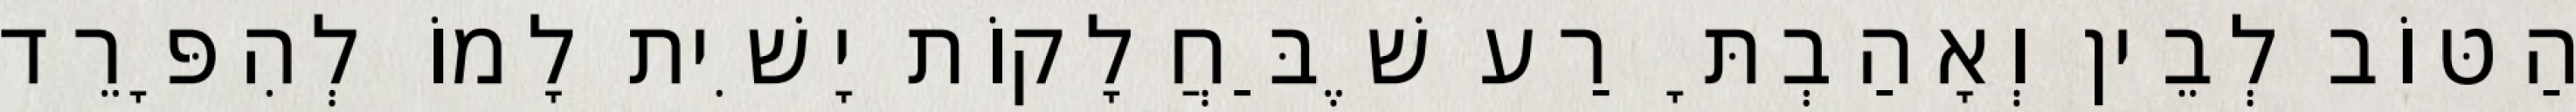
הַטּוֹב לְבֵין וְאָהַבְתָּ רַע שֶׁבַּחֲלָקוֹת יָשִׁית לָמוֹ לְהִפָּרֵד